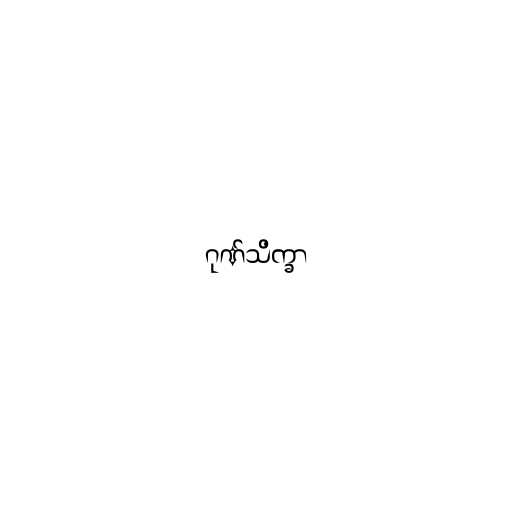
ဂုဏ်သိက္ခာ